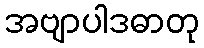
အဗျာပါဒဓာတု